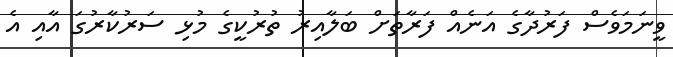
ވީނަމަވެސް ފަރުދާގެ އަނެއް ފަރާތަށް ބަލާއިރު ތުރުކީގެ މުޅި ސަރުކާރުގަ އާއި އެ